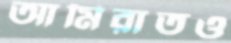
আমিরাতও